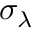
\sigma _ { \lambda }